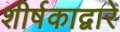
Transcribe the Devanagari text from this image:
शीर्षकाद्वारे